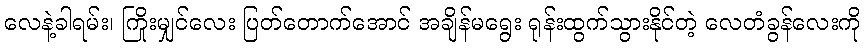
လေနဲ့ခါရမ်း၊ ကြိုးမျှင်လေး ပြတ်တောက်အောင် အချိန်မရွေး ရုန်းထွက်သွားနိုင်တဲ့ လေတံခွန်လေးကို